65_HS1-834228961_62-HQ-83894_Section_9
Agency: FBI
Page 86
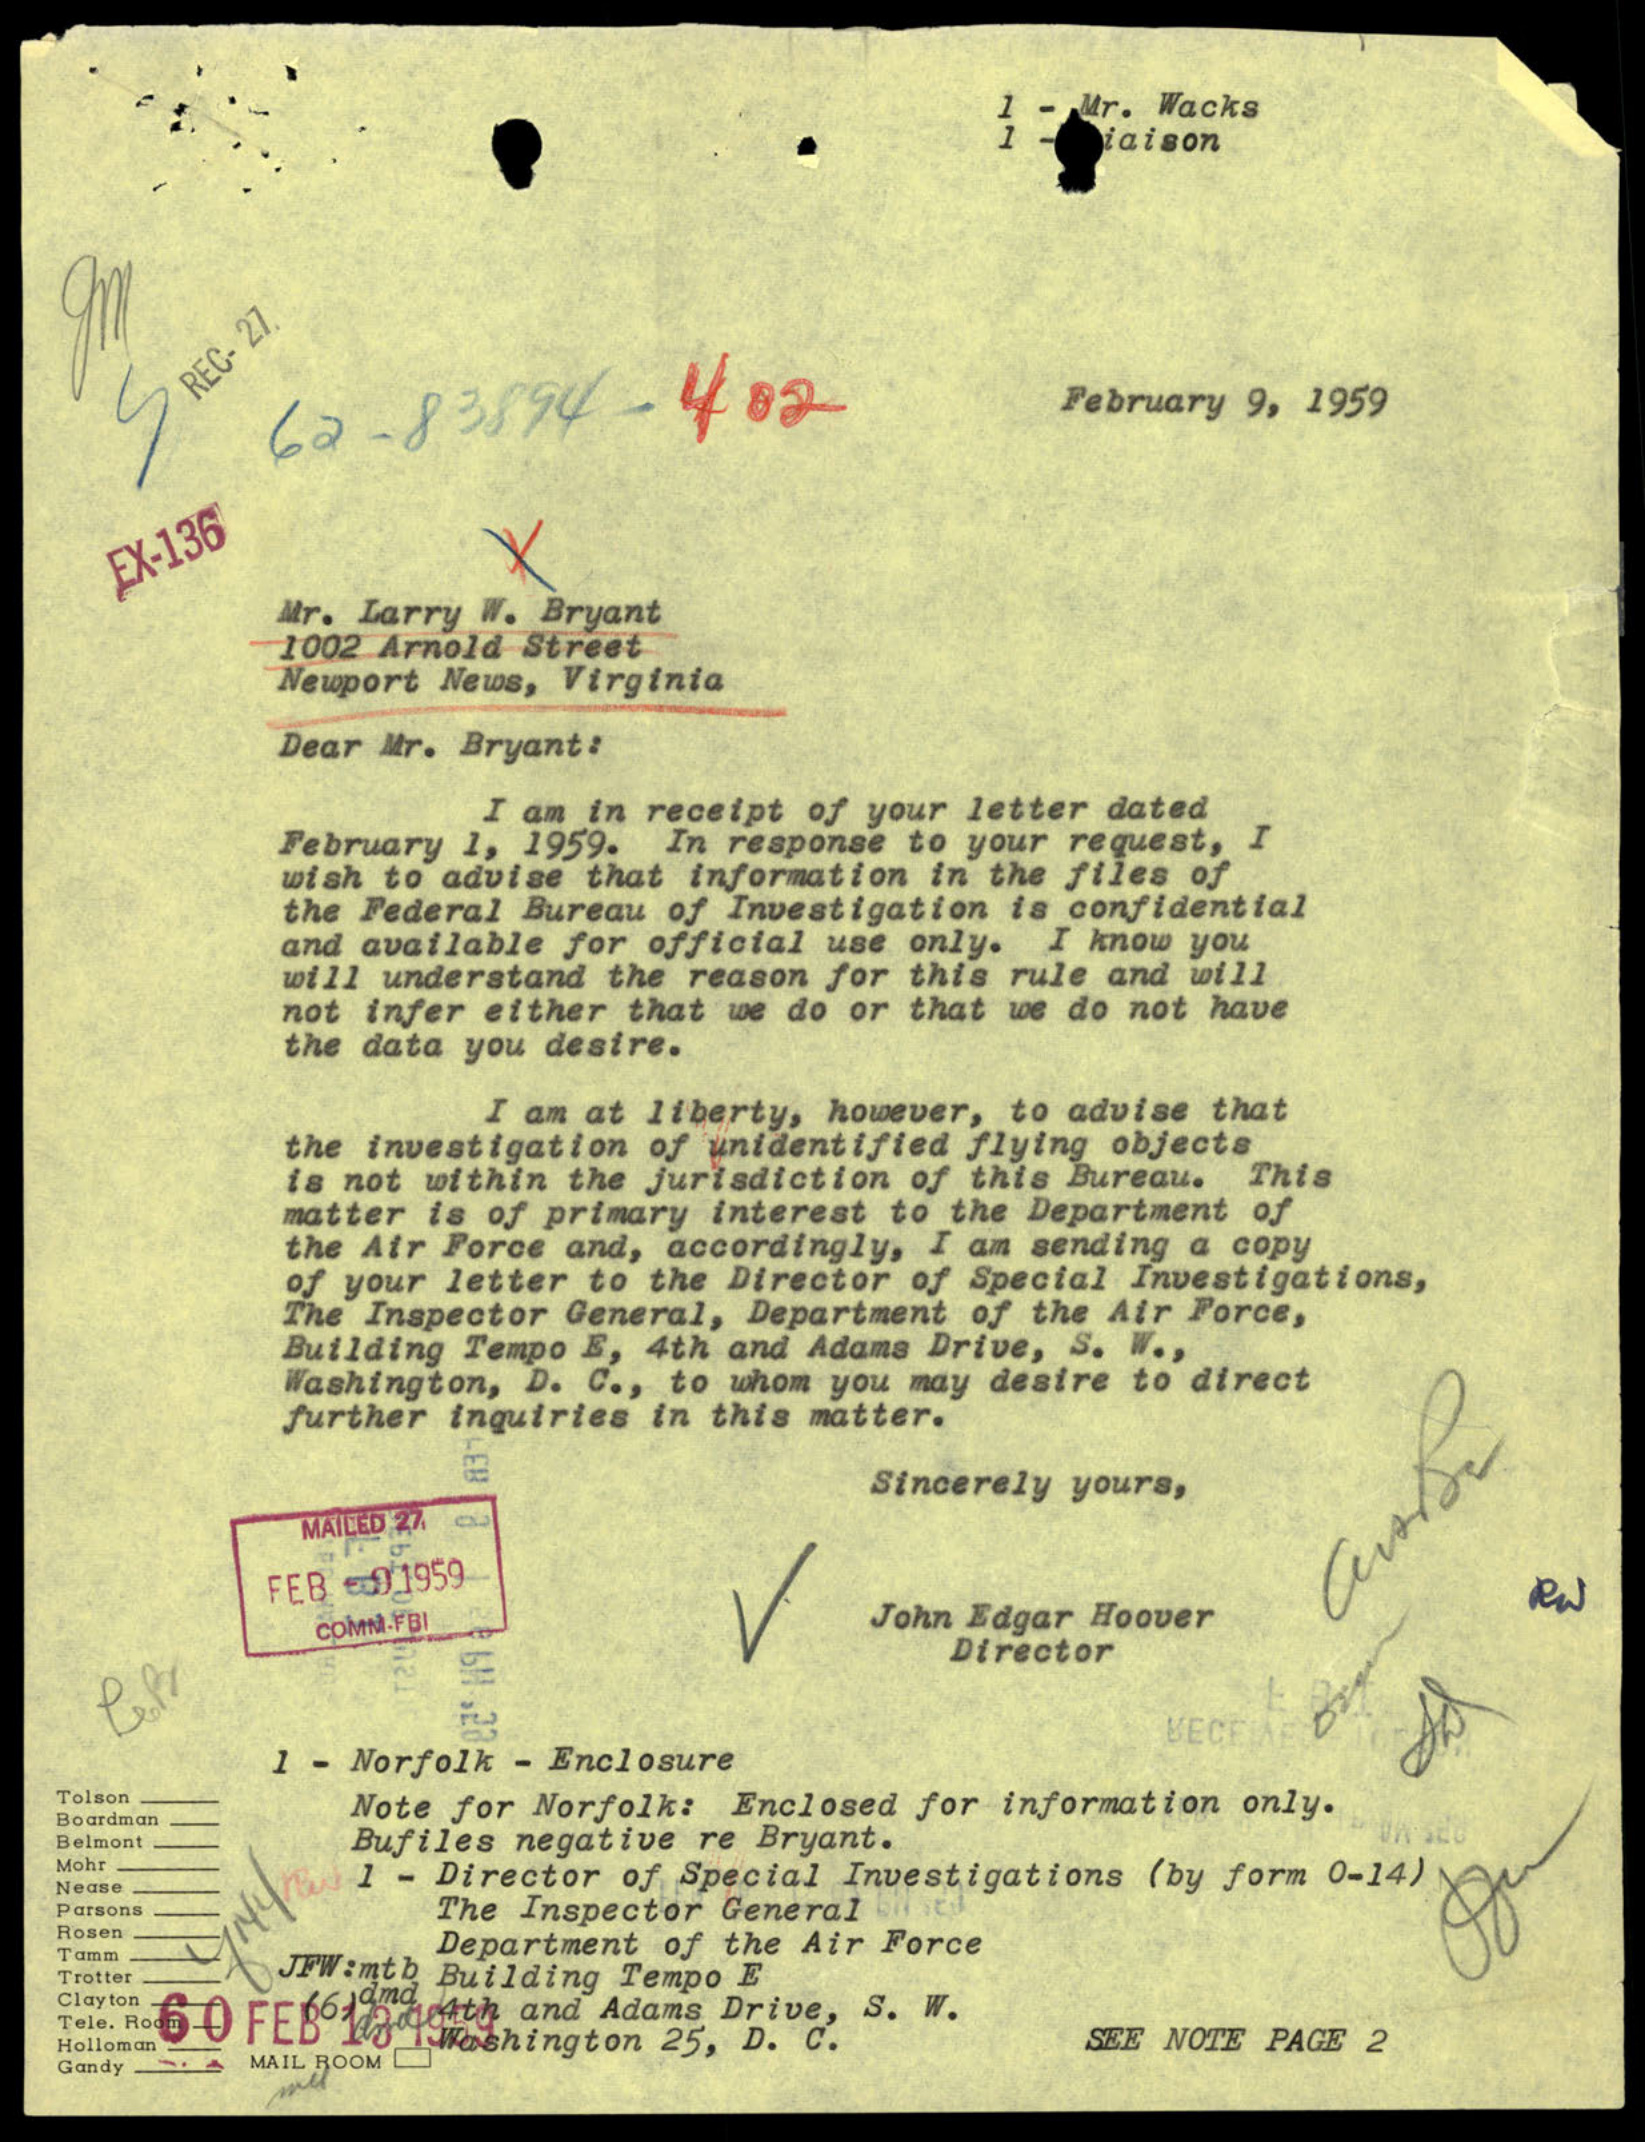